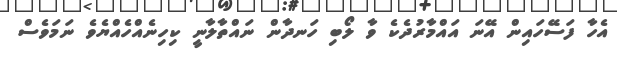
އެހާ ފަސޭހައިން އޭނަ އައްމާރުދެކެ ވާ ލޯބި ހަނދާން ނައްތާލާނީ ކިހިނެއްހެއްޔެވެ ނަމަވެސް